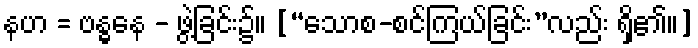
နဟ = ဗန္ဓနေ - ဖွဲ့ခြင်း၌။ [“သောစ-စင်ကြယ်ခြင်း”လည်း ရှိ၏။]